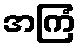
အကြံ